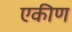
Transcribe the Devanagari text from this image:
एकीण